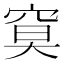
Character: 𥦏